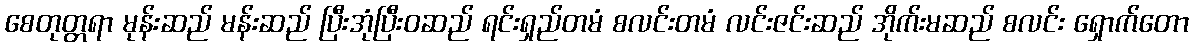
စေတုတ္တရာ မုန်းဆည် မန်းဆည် ပြီးအုံပြီးဝဆည် ရင်းရှည်တမံ စလင်းတမံ လင်းဇင်းဆည် အိုက်းမဆည် စလင်း ရှောက်တော